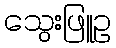
သွေးဖြူဥ